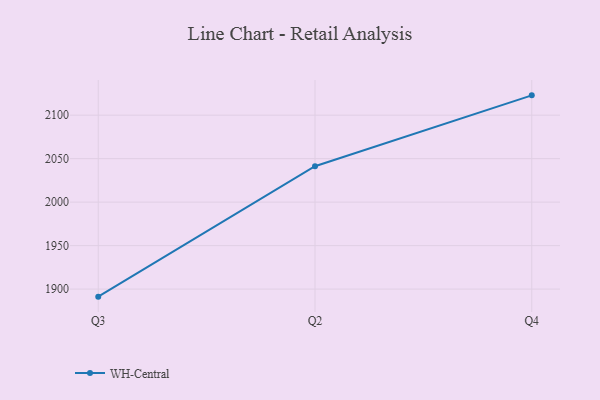
{"axis": {"x": "Quarter", "y": "Tickets Resolved"}, "legend": ["WH-Central"], "data": [{"x": "Q3", "y": 1891.3, "type": "WH-Central"}, {"x": "Q2", "y": 2041.3, "type": "WH-Central"}, {"x": "Q4", "y": 2122.8, "type": "WH-Central"}]}